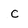
Character: C